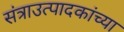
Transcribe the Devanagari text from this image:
संत्राउत्पादकांच्या